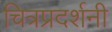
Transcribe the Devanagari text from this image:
चित्रप्रदर्शनी